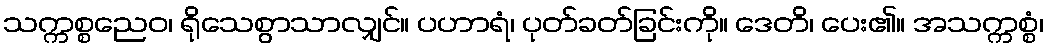
သက္ကစ္စညေဝ၊ ရိုသေစွာသာလျှင်။ ပဟာရံ၊ ပုတ်ခတ်ခြင်းကို။ ဒေတိ၊ ပေး၏။ အသက္ကစ္စံ၊